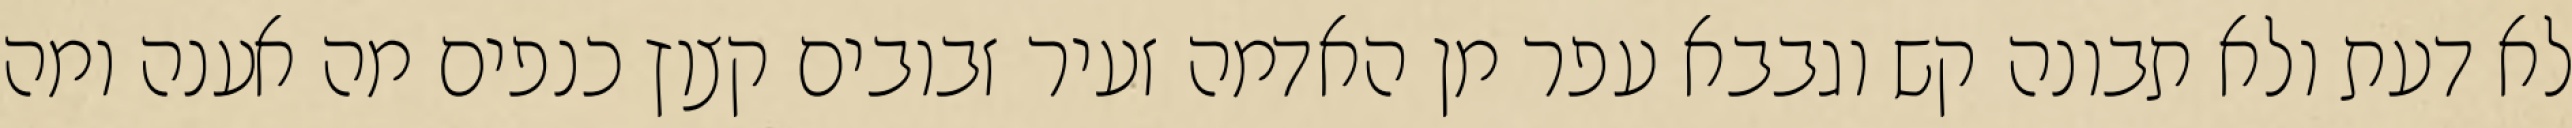
לא דעת ולא תבונה קש וגבבא עפר מן האדמה זעיר זבובים קצוץ כנפים מה אענה ומה